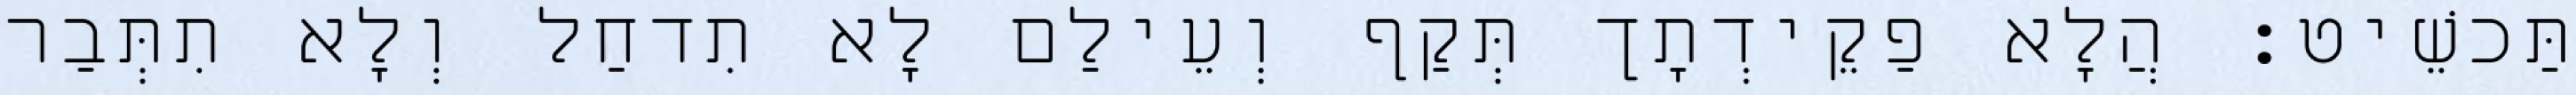
תַּכשֵׁיט׃ הֲלָא פַקֵידְתָך תְּקַף וְעֵילַם לָא תִדחַל וְלָא תִתְּבַר